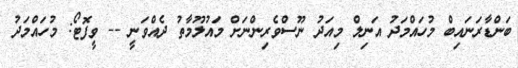
ބަންޑާރަނައިބް މުހައްމަދު އަނިލް މިއަދު ނޫސްވެރިންނަށް މައުލޫމާތު ދެއްވަނީ -- ވީފޮޓޯ: މުހައްމަދު